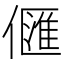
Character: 㒑